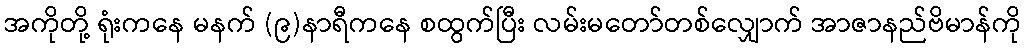
အကိုတို့ ရုံးကနေ မနက် (၉)နာရီကနေ စထွက်ပြီး လမ်းမတော်တစ်လျှောက် အာဇာနည်ဗိမာန်ကို